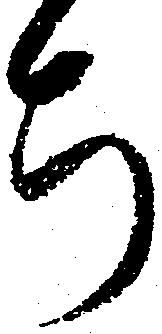
ち